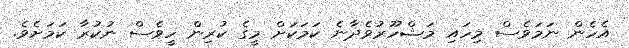
އެހެން ނަމަވެސް މިހައި މަޝްހޫރުވެދާނެ ކަމަކަށް މީގެ ކުރިން ހީވެސް ނުކުރާ ކަމަށެވެ.